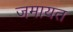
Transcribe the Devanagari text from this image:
जमायत